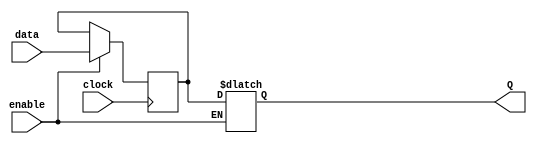
module sequential_logic_block(
    input data,
    input clock,
    input enable,
    output reg Q
);

reg Q_temp;

always @(posedge clock) begin
    if (enable) begin
        Q_temp <= data;
    end
end

always @* begin
    if (enable) begin
        Q <= Q_temp;
    end
end

endmodule